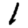
Digit: 1